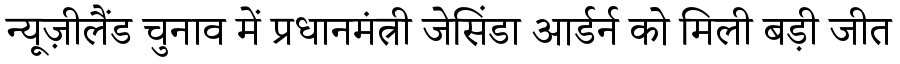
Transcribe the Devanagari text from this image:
न्यूज़ीलैंड चुनाव में प्रधानमंत्री जेसिंडा आर्डर्न को मिली बड़ी जीत